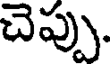
చెప్పు.